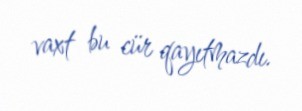
vaxt bu cür qayıtmazdı.